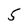
Character: 5